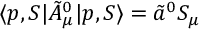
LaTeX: \langle p , S | \tilde { A } _ { \mu } ^ { 0 } | p , S \rangle = \tilde { a } ^ { 0 } S _ { \mu }